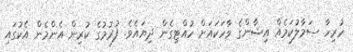
ހުރިހާ ސަމާލުކަމެއް އިޝާންގެ ވާހަކައަށް ހުއްޓިގެން ދިޔައެވެ. ފުރުމުގެ ކުރިން އެންމެން އެކުގައި